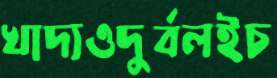
খাদ্যওদুর্বলইচ